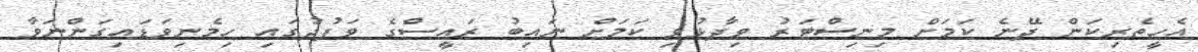
އެހީތެރިކަން ދޭނެ ކަމަށް މިނިސްޓަރު ވިދާޅުވި ކަމަށް ނައިބު ރައީސްގެ ވަފުދުގައި ހިމެނިވަޑައިގަންނަވާ